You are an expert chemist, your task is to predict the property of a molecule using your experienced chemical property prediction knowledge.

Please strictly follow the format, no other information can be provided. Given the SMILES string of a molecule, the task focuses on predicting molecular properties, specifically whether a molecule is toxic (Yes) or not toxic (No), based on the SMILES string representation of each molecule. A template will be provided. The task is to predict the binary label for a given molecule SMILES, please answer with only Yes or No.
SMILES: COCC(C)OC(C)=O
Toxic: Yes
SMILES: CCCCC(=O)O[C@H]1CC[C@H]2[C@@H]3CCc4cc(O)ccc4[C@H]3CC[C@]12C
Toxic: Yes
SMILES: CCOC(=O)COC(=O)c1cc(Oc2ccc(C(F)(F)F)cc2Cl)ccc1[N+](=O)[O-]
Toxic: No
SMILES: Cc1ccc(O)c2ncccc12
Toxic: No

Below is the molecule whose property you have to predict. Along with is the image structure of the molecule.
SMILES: O=C([O-])CC(S[Au])C(=O)[O-]
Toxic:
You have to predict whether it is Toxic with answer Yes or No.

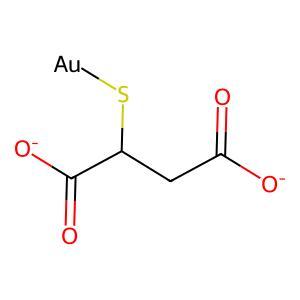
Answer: No